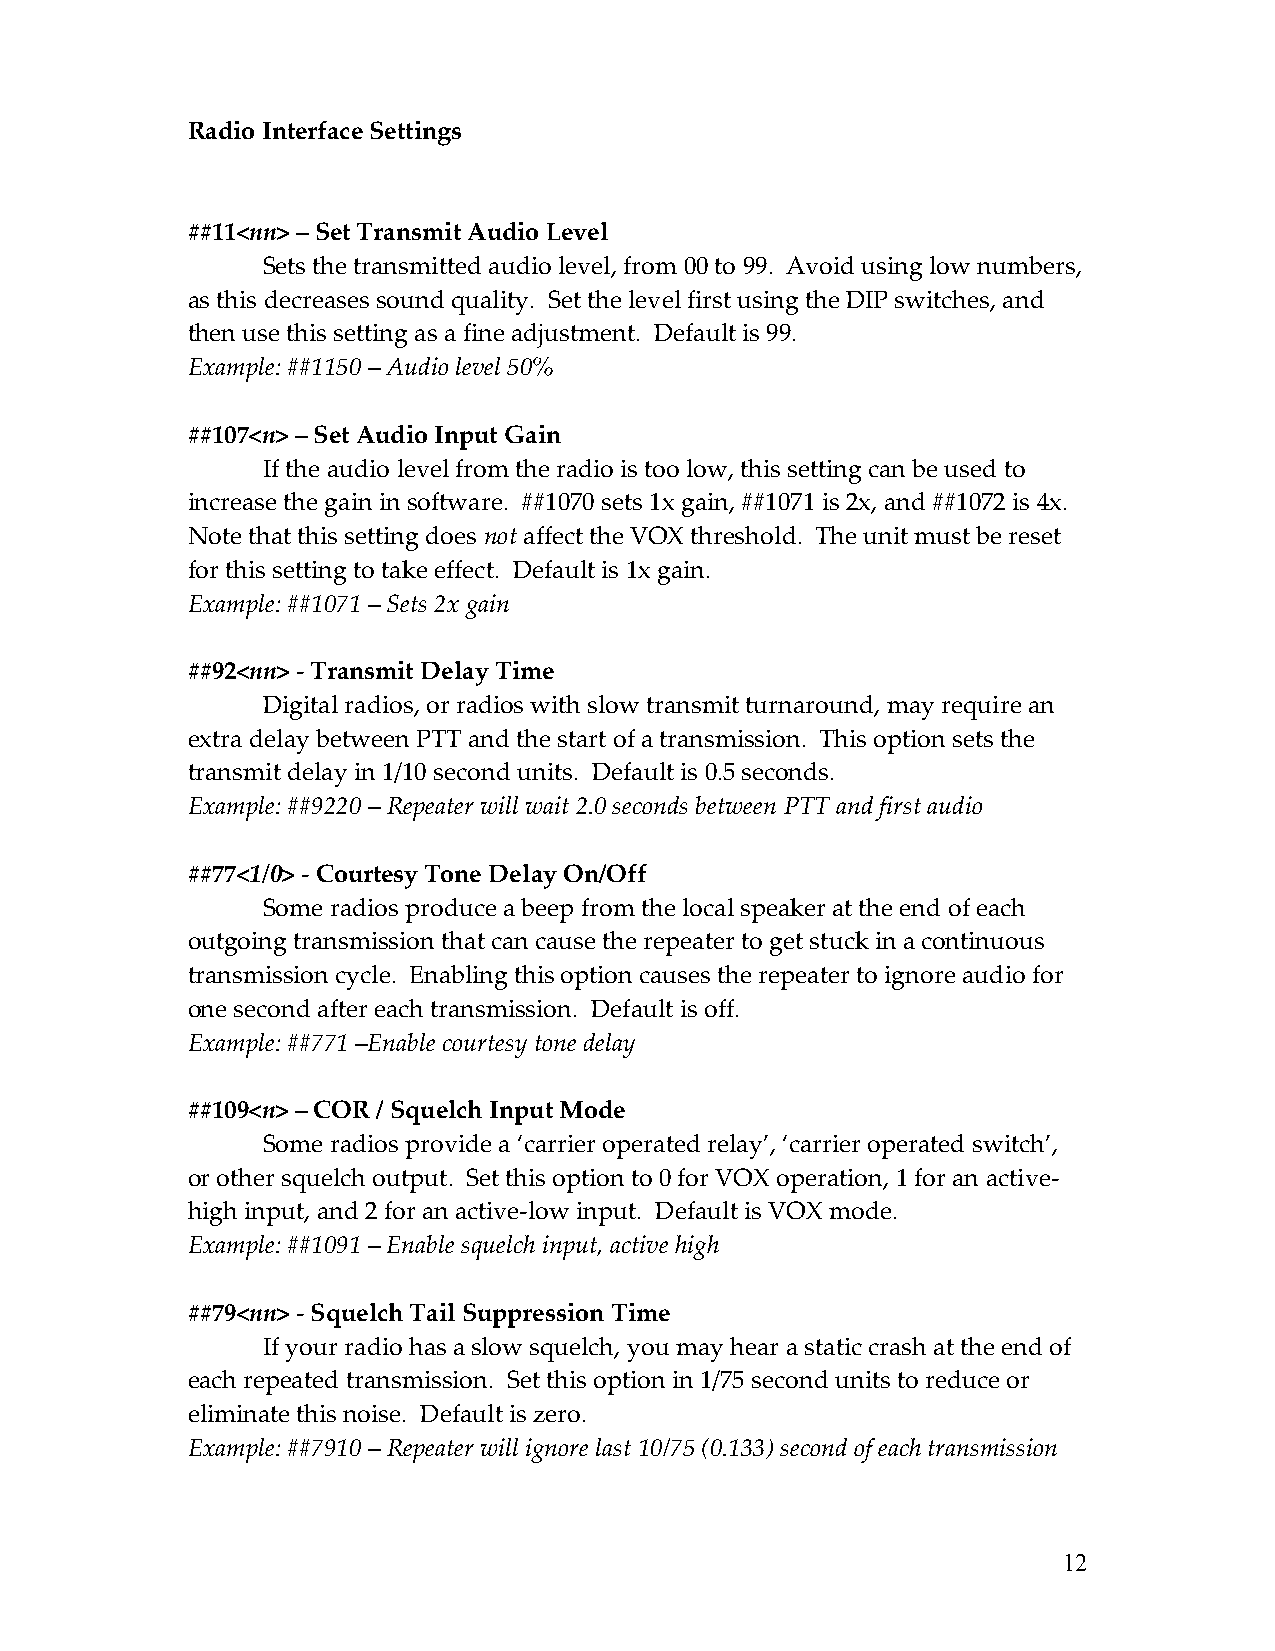
Radio Interface Settings
 ##11<nn> – Set Transmit Audio Level
 Sets the transmitted audio level, from 00 to 99. Avoid using low numbers,
 as this decreases sound quality. Set the level first using the DIP switches, and
 then use this setting as a fine adjustment. Default is 99.
 Example: ##1150 – Audio level 50%
 ##107<n> – Set Audio Input Gain
 If the audio level from the radio is too low, this setting can be used to
 increase the gain in software. ##1070 sets 1x gain, ##1071 is 2x, and ##1072 is 4x.
 Note that this setting does not affect the VOX threshold. The unit must be reset
 for this setting to take effect. Default is 1x gain.
 Example: ##1071 – Sets 2x gain
 ##92<nn> - Transmit Delay Time
 Digital radios, or radios with slow transmit turnaround, may require an
 extra delay between PTT and the start of a transmission. This option sets the
 transmit delay in 1/10 second units. Default is 0.5 seconds.
 Example: ##9220 – Repeater will wait 2.0 seconds between PTT and first audio
 ##77<1/0> - Courtesy Tone Delay On/Off
 Some radios produce a beep from the local speaker at the end of each
 outgoing transmission that can cause the repeater to get stuck in a continuous
 transmission cycle. Enabling this option causes the repeater to ignore audio for
 one second after each transmission. Default is off.
 Example: ##771 –Enable courtesy tone delay
 ##109<n> – COR / Squelch Input Mode
 Some radios provide a ‘carrier operated relay’, ‘carrier operated switch’,
 or other squelch output. Set this option to 0 for VOX operation, 1 for an active-
 high input, and 2 for an active-low input. Default is VOX mode.
 Example: ##1091 – Enable squelch input, active high
 ##79<nn> - Squelch Tail Suppression Time
 If your radio has a slow squelch, you may hear a static crash at the end of
 each repeated transmission. Set this option in 1/75 second units to reduce or
 eliminate this noise. Default is zero.
 Example: ##7910 – Repeater will ignore last 10/75 (0.133) second of each transmission
 12